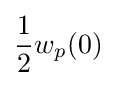
{\frac {1}{2}}w_{p}(0)